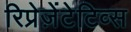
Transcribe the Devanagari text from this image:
रिप्रेज़ेंटेटिव्स